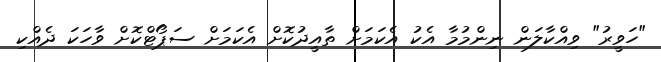
"ހަވީރު" ވިއްކާލަން ނިންމުމާ އެކު އެކަމަށް ތާއީދުކޮށް އެކަމަށް ސަޕޯޓްކޮށް ވާހަކަ ދެއްކި